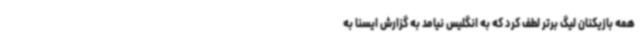
همه بازیکنان لیگ برتر لطف کرد که به انگلیس نیامد به گزارش ایسنا به